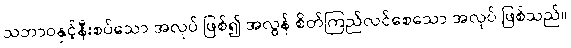
သဘာဝနှင့်နီးစပ်သော အလုပ် ဖြစ်၍ အလွန် စိတ်ကြည်လင်စေသော အလုပ် ဖြစ်သည်။